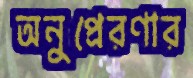
অনুপ্রেরণার